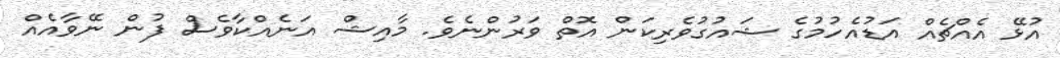
އުޅޭ އެއްޗެއް އަޑުއެހުމުގެ ޝައުގުވެރިކަން އޮތް ވަރުންނެވެ. މާއިޝް އަނެއްކާވެސް ފުން ނޭވާއެއް